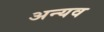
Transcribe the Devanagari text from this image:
अन्यव